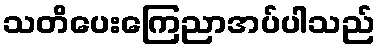
သတိပေးကြေညာအပ်ပါသည်